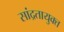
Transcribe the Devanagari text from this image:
सांद्रतायुक्त